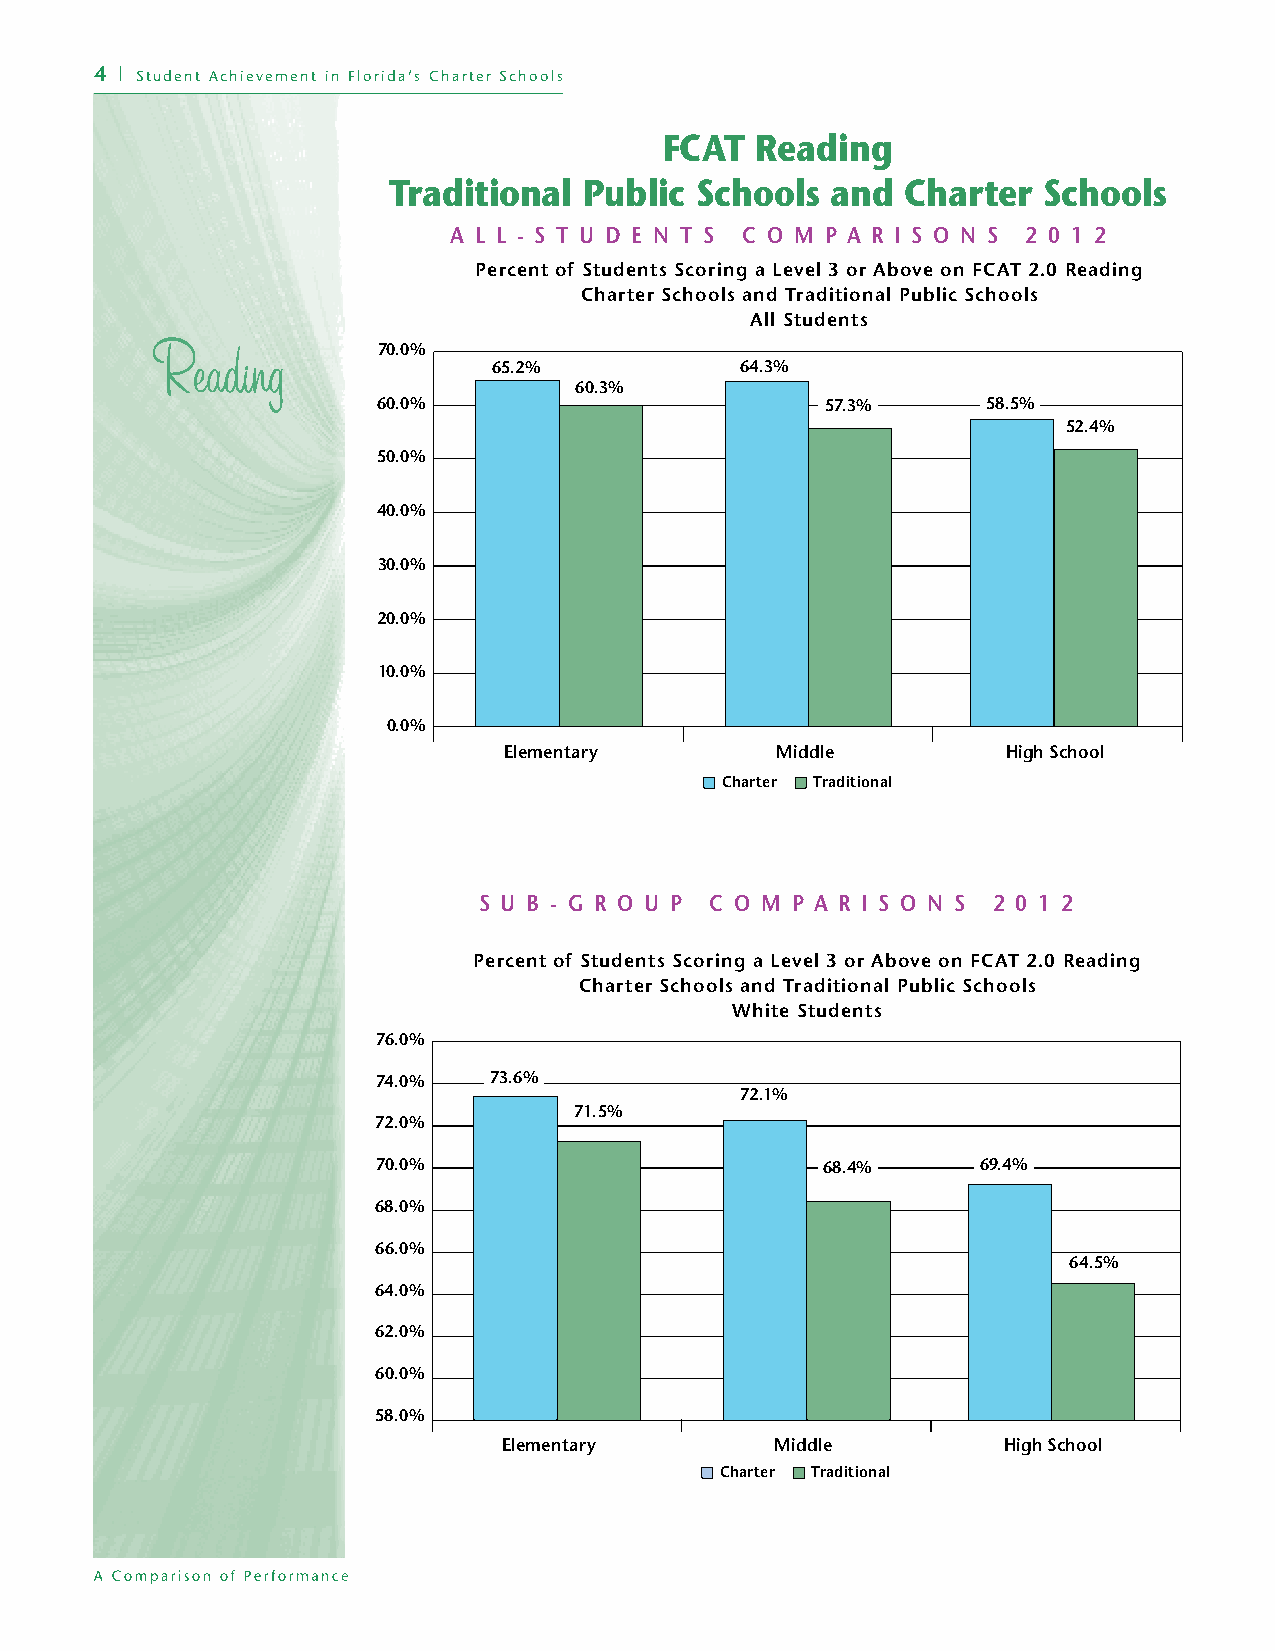
4 | Student Achievement in Florida’s Charter Schools
 FCAT  Reading
 Traditional  Public Schools  and  Charter  Schools
 A L L - S T U D E N T S C O M P A R I S O N S 2 0 1 2
 Percent of Students Scoring a Level 3 or Above on FCAT 2.0 Reading
 Charter Schools and Traditional Public Schools
 All Students
 70.0%
 65.2%           64.3%
 60.3%
 60.0%                         57.3%     58.5%
 52.4%
 50.0%
 40.0%
 30.0%
 20.0%
 10.0%
 0.0%
 Elementary        Middle          High School
 Charter Traditional
 S U B - G R O U P C O M P A R I S O N S 2 0 1 2
 Percent of Students Scoring a Level 3 or Above on FCAT 2.0 Reading
 Charter Schools and Traditional Public Schools
 White Students
 76.0%
 74.0%  73.6%
 72.1%
 71.5%
 72.0%
 70.0%                         68.4%     69.4%
 68.0%
 66.0%
 64.5%
 64.0%
 62.0%
 60.0%
 58.0%
 Elementary        Middle         High School
 Charter Traditional